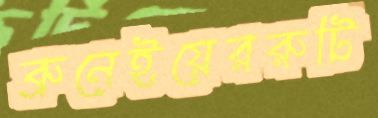
ব্রুনেইয়েররুটি